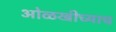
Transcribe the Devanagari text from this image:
ओळखीच्याच